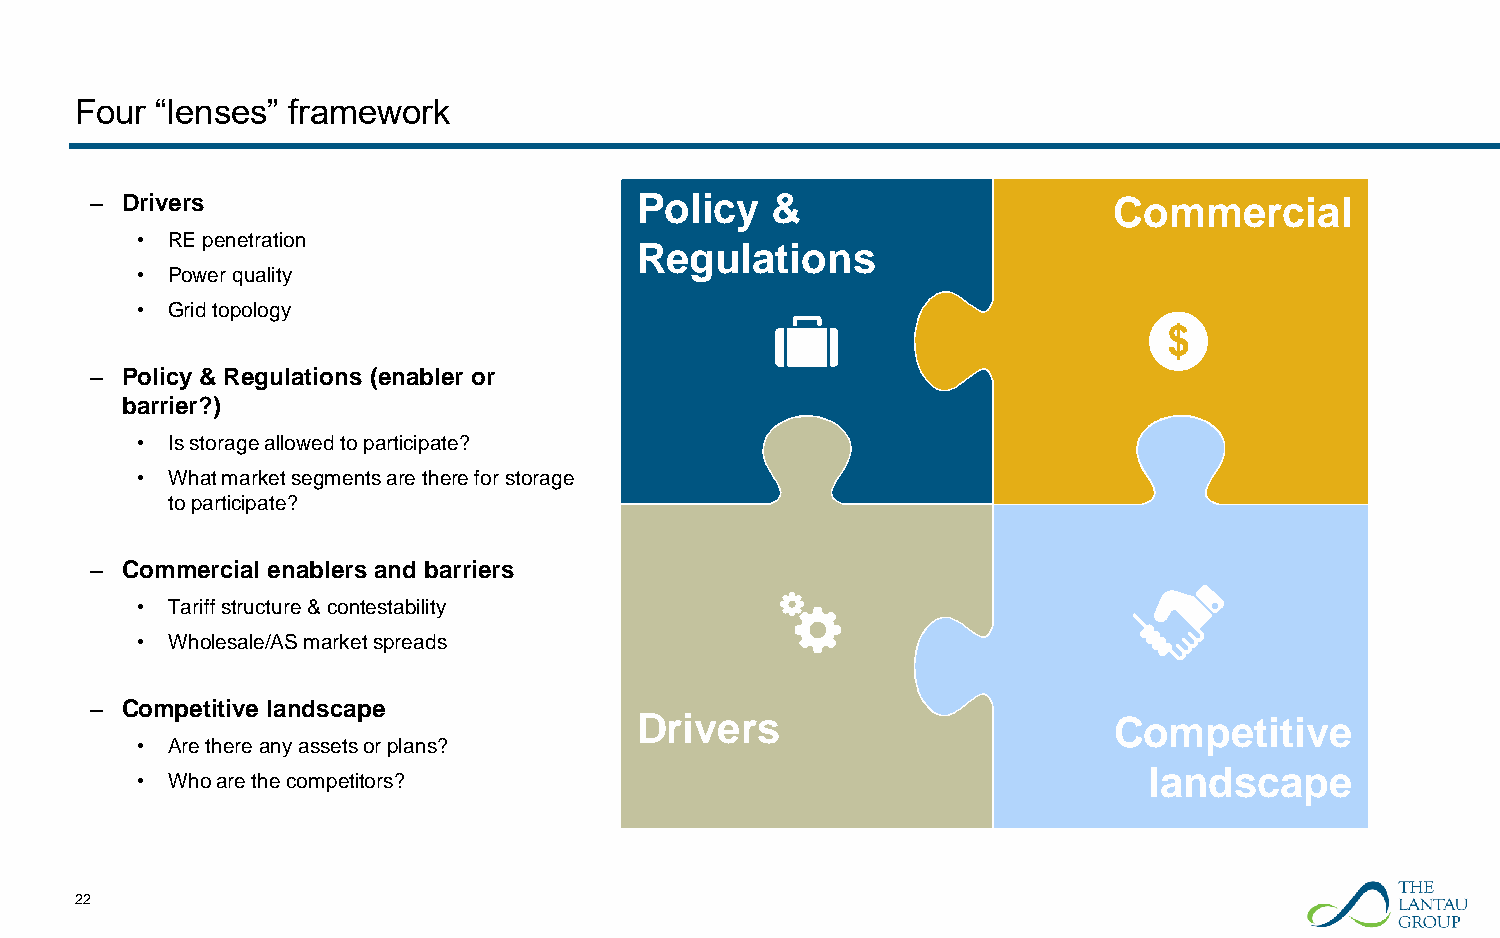
Four “lenses” framework
 – Drivers                           Policy   &                      Commercial
 • RE penetration
 Regulations
 • Power quality
 • Grid topology
 – Policy & Regulations (enabler or
 barrier?)
 • Is storage allowed to participate?
 • What market segments are there for storage
 to participate?
 – Commercial enablers and barriers
 • Tariff structure & contestability
 • Wholesale/AS market spreads
 – Competitive landscape
 Drivers                         Competitive
 • Are there any assets or plans?
 landscape
 • Who are the competitors?
 22